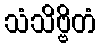
သံသိဗ္ဗိတံ